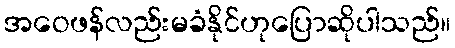
အဝေဖန်လည်းမခံနိုင်ဟုပြောဆိုပါသည်။